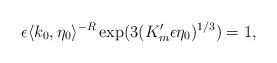
LaTeX: \begin{align*} \epsilon \langle k_0,\eta_0\rangle^{-R} \exp(3 (K_m'\epsilon \eta_0)^{1/3})=1,\end{align*}